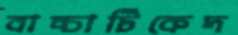
বাচ্চাটিকেদ